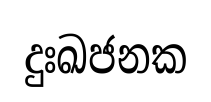
දුඃඛජනක